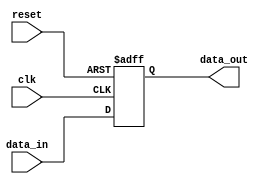
module edge_triggered_latch (
  input wire clk,
  input wire reset,
  input wire data_in,
  output reg data_out
);

always @ (posedge clk or negedge reset) begin
  if (!reset) begin
    data_out <= 1'b0; // Reset to a default value
  end else begin
    data_out <= data_in; // Capture the input data on clock edge
  end
end

endmodule